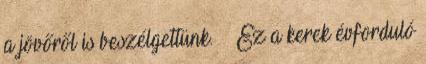
a jövőről is beszélgettünk. ·· Ez a kerek évforduló